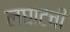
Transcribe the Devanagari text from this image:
लघाटेंची